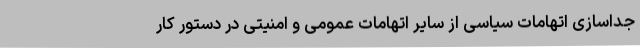
جداسازی اتهامات سیاسی از سایر اتهامات عمومی و امنیتی در دستور کار